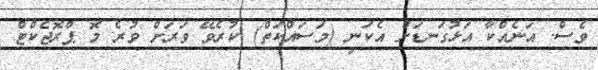
ވެސް. އަނެއްކާ އަޅުގަނޑަށް އެކަނި (މަސައްކަތް) ކުރެވޭ ވަރަށް ވުރެ މޮ ޕްރޮޖެކްޓް